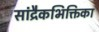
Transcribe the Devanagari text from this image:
सांद्रैकभिक्तिका